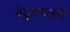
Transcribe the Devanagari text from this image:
नेडुरुमल्ली